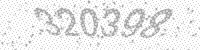
Solution: 320398